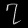
Digit: ၇